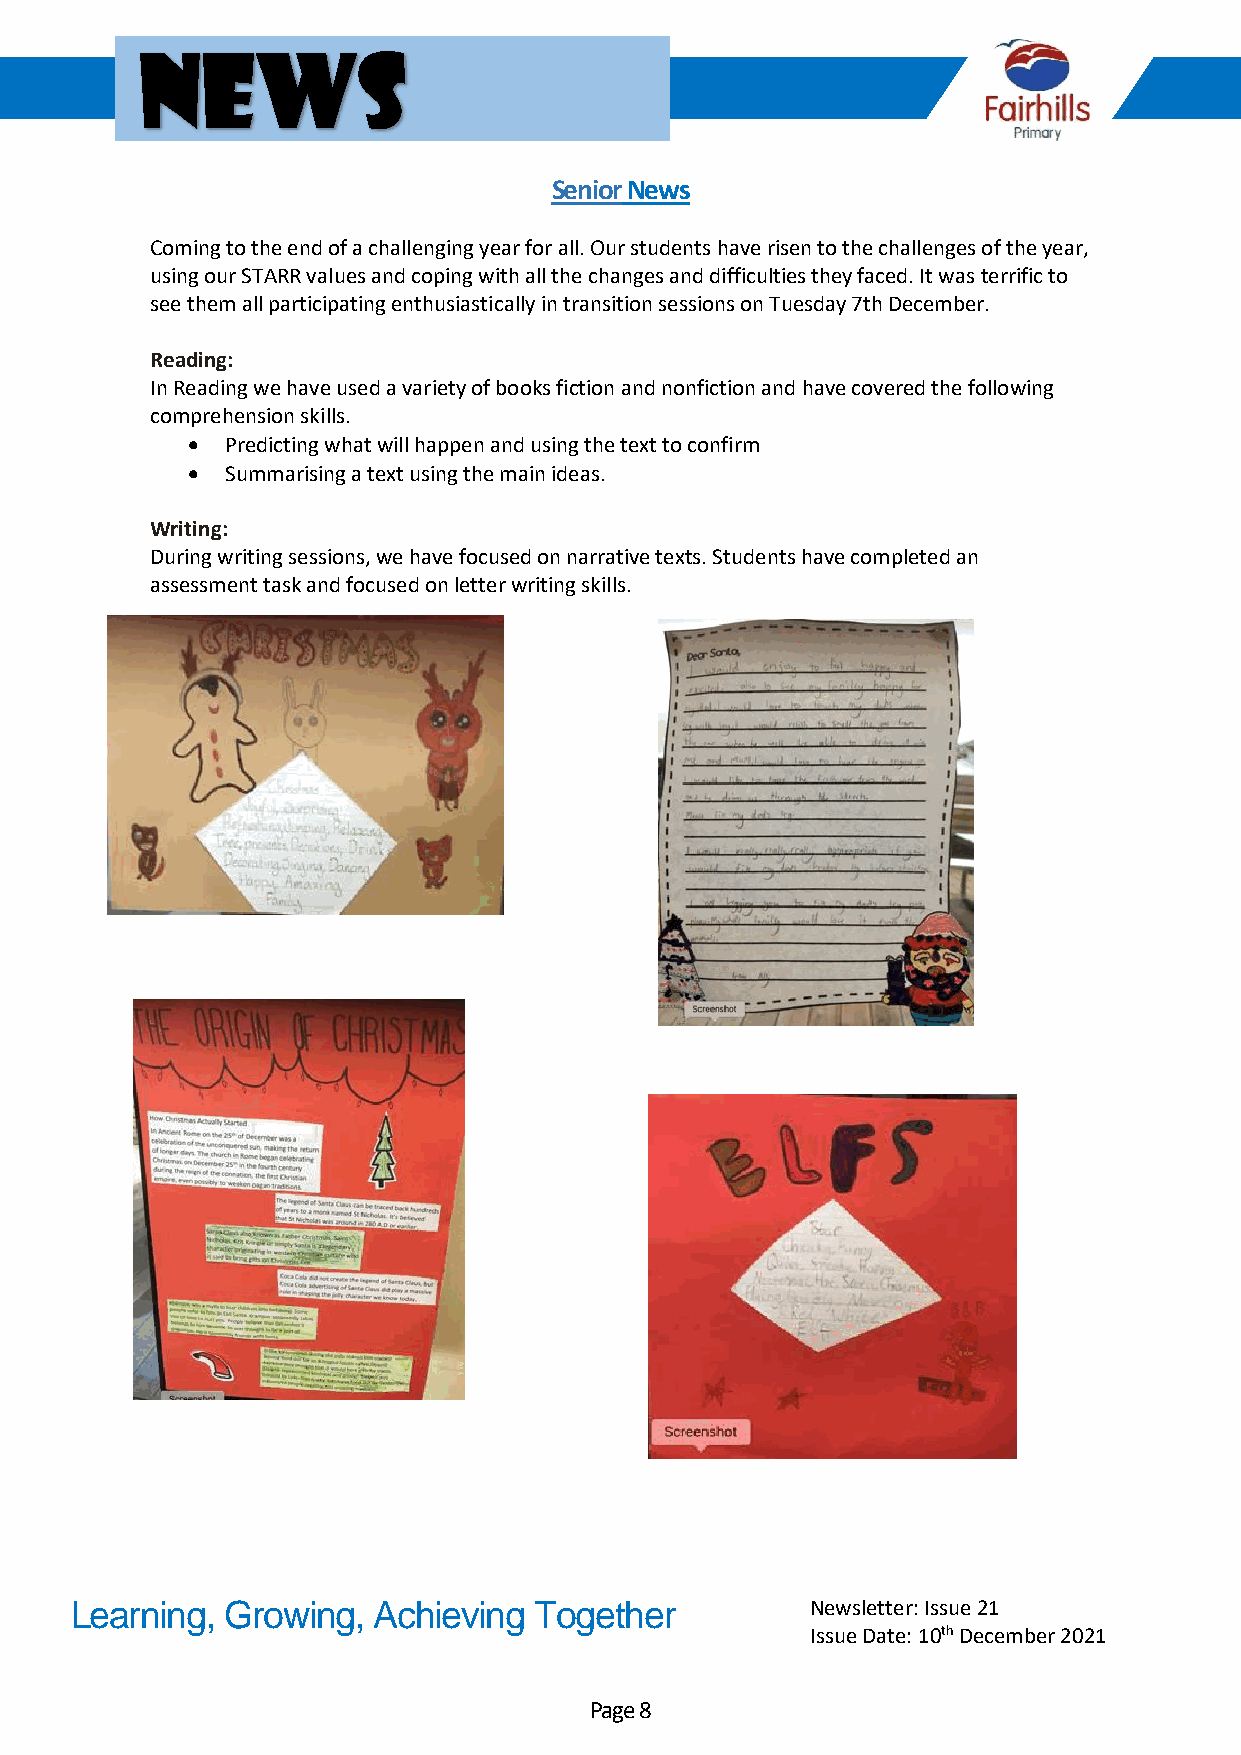
News
 Senior News
 Coming to the end of a challenging year for all. Our students have risen to the challenges of the year,
 using our STARR values and coping with all the changes and difficulties they faced. It was terrific to
 see them all participating enthusiastically in transition sessions on Tuesday 7th December.
 Reading:
 In Reading we have used a variety of books fiction and nonfiction and have covered the following
 comprehension skills.
 •  Predicting what will happen and using the text to confirm
 •  Summarising a text using the main ideas.
 Writing:
 During writing sessions, we have focused on narrative texts. Students have completed an
 assessment task and focused on letter writing skills.
 Learning, Growing,  Achieving Together           Newsletter: Issue 21
 Issue Date: 10th December 2021
 Page 8